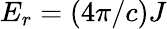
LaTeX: E_{r}=(4\pi/c)J